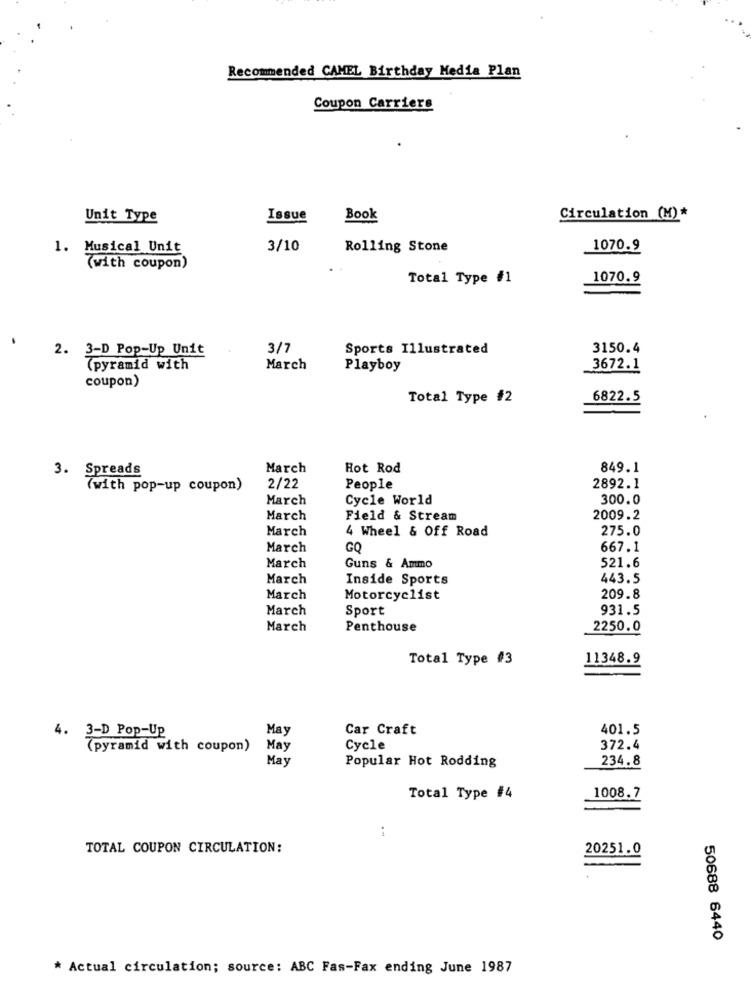
Recommended CAMEL Birthday Media Plan
Coupon Carriers
Unit Type
Issue
Book
Circulation (M)*
1. Musical Unit
3/10
Rolling Stone
1070.9
(with coupon)
Total Type #1
1070.9
2. 3-D Pop-Up Unit
3/7
Sports Illustrated
3150.4
(pyramid with
March
Playboy
3672.1
coupon)
Total Type #2
6822.5
3. Spreads
March
Hot Rod
849.1
(with pop-up coupon)
2/22
People
2892.1
March
Cycle World
300.0
March
Field & Stream
2009.2
March
4 Wheel & Off Road
275.0
March
GQ
667.1
March
Guns & Ammo
521.6
March
Inside Sports
443.5
March
Motorcyclist
209.8
March
Sport
931.5
March
Penthouse
2250.0
Total Type #3
11348.9
4. 3-D Pop-Up
May
Car Craft
401.5
(pyramid with coupon)
May
Cycle
372.4
May
Popular Hot Rodding
234.8
Total Type #4
1008.7
TOTAL COUPON CIRCULATION:
20251.0
50688 6440
* Actual circulation; source: ABC Fas-Fax ending June 1987